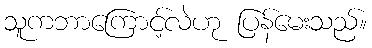
သူကဘာကြောင့်လဲဟု ပြန်မေးသည်။